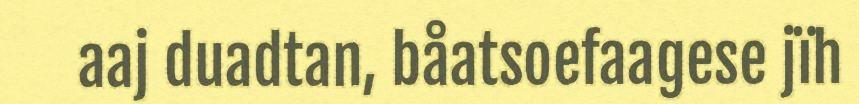
aaj duadtan, båatsoefaagese jïh